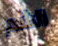
الشم